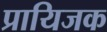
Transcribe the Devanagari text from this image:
प्रायिजक